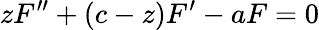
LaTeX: zF^{\prime\prime}+(c-z)F^{\prime}-aF=0